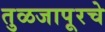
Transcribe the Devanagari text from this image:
तुळजापूरचे